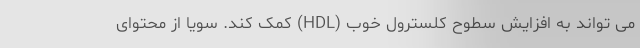
می تواند به افزایش سطوح کلسترول خوب (HDL) کمک کند. سویا از محتوای